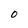
Character: 0